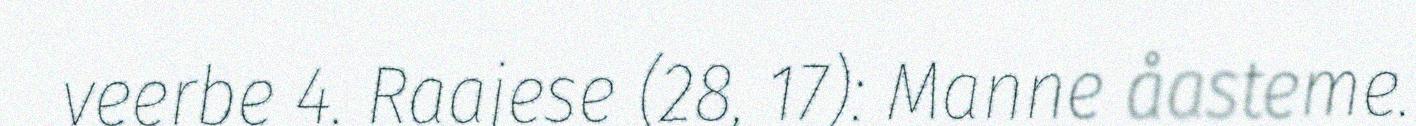
veerbe 4. Raajese (28, 17): Manne åasteme.